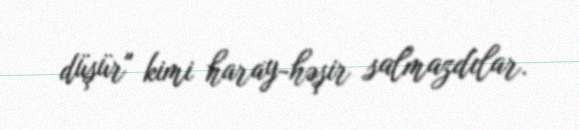
düşür" kimi haray-həşir salmazdılar.